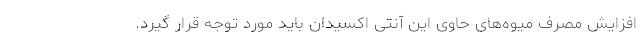
افزایش مصرف میوه‌های حاوی این آنتی اکسیدان باید مورد توجه قرار گیرد.